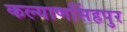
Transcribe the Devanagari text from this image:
कल्याणसिंहपुर